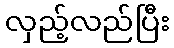
လှည့်လည်ပြီး